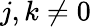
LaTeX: j,k\neq 0